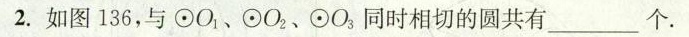
2.如图136，与\odot O_{1}、\odot O_{2}、\odo O_{3}同时相切的圆共有___个.